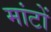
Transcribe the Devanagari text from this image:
मांटों